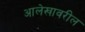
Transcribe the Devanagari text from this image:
आलेखावरील